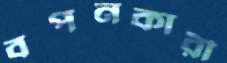
বপনকারী